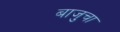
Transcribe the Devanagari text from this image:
बाजुचा